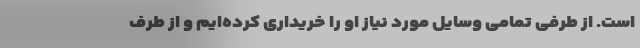
است. از طرفی تمامی وسایل مورد نیاز او را خریداری کرده‌ایم و از طرف